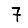
Digit: 7